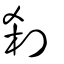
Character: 剎